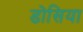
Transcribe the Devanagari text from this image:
डोसिया